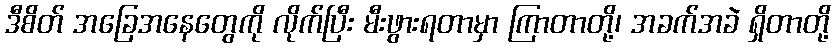
ဒီစိတ် အခြေအနေတွေကို လိုက်ပြီး မီးဖွားရတာမှာ ကြာတာတို့၊ အခက်အခဲ ရှိတာတို့